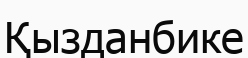
Қызданбике